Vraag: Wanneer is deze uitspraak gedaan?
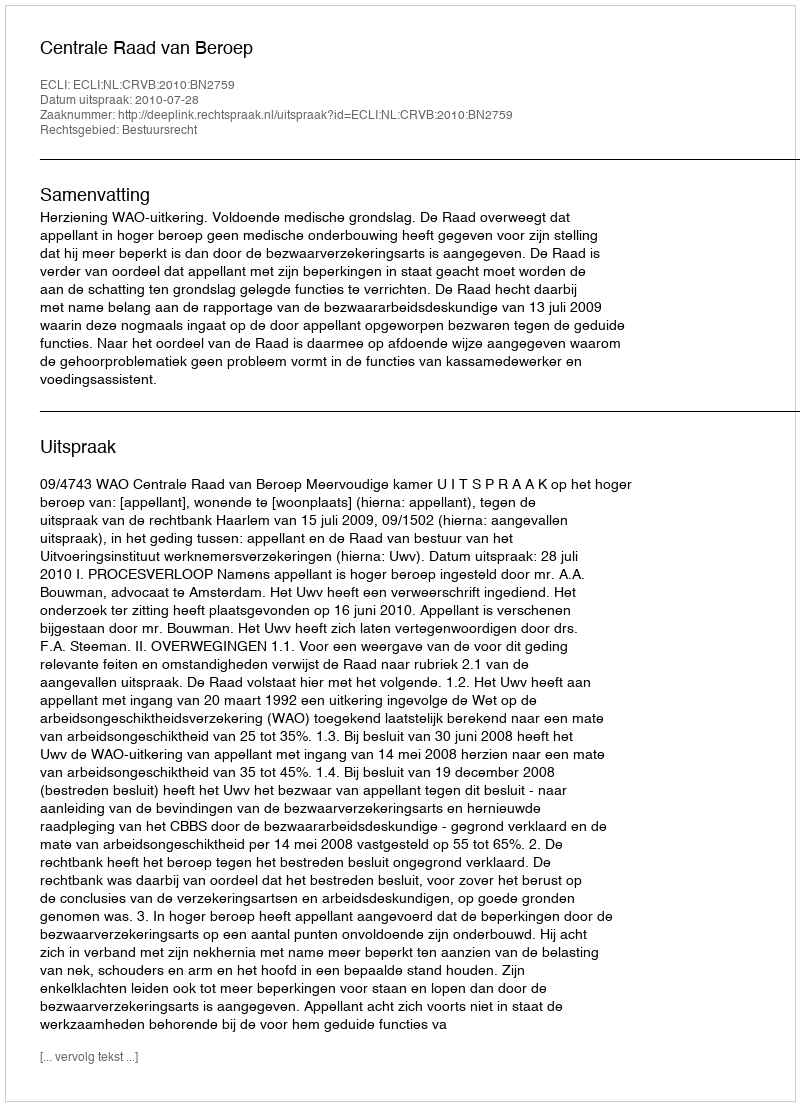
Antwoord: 2010-07-28